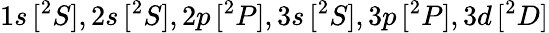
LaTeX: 1s\, [{^2S}],2s\, [{^2S}],2p\, [{^2P}],3s\, [{^2S}],3p\, [{^2P}],3d\, [{^2D}]